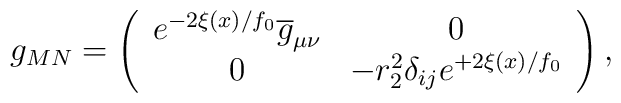
g_{MN}=\left( \begin{array}{cc}e^{-2\xi (x)/f_{0}}\overline{g}_{\mu \nu } & 0\\0 & -r_{2}^{2}\delta _{ij}e^{+2\xi (x)/f_{0}}\end{array}\right) ,